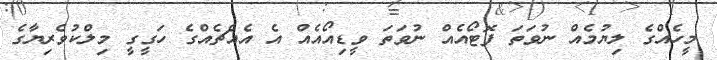
މީހެއްގެ ލިޔުމެއް ނުވަތަ ފޮޓޯއެއް ނުވަތަ ވީޑިއޯއެއް އެ އެއްޗެއްގެ ހަގީގީ މިލްކުވެރިޔާގެ